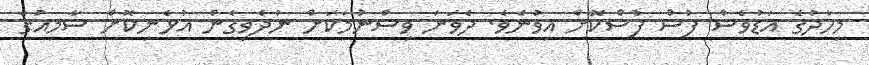
މިހާދުގެ އަޑުވެސް ފުސް ފުސްކޮށް އިވުނެވެ. ދެވަނަ ވިސްނުމަކަށް ނުދެވިގެން އުޅެނިކޮށް ސާމިއުގެ